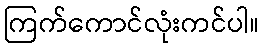
ကြက်ကောင်လုံးကင်ပါ။